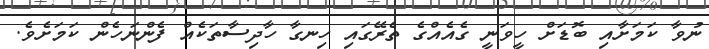
ނުވާ ކަމަށާއި ބޮޑަށް ހީވަނީ ގެއެއްގެ ތެރޭގައި ހިނގާ ހާދިސާތަކެއް ފެންނަހެން ކަމަށެވެ.